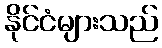
နိုင်ငံများသည်